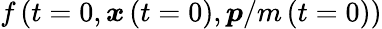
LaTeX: f\left(t=0,\boldsymbol{x}\left(t=0\right),\boldsymbol{p}/m\left(t=0\right)\right)